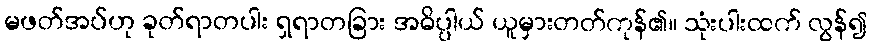
မဖတ်အပ်ဟု ခုတ်ရာတပါး ရှရာတခြား အဓိပ္ပါယ် ယူမှားတတ်ကုန်၏။ သုံးပါးထက် လွန်၍